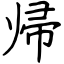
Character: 帰